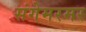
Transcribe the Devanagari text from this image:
संगेमरमर